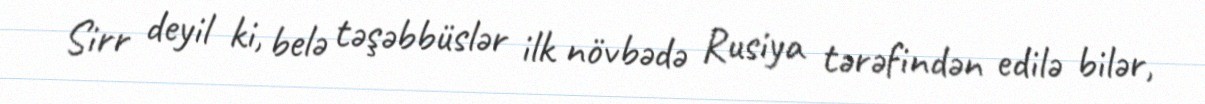
Sirr deyil ki, belə təşəbbüslər ilk növbədə Rusiya tərəfindən edilə bilər,